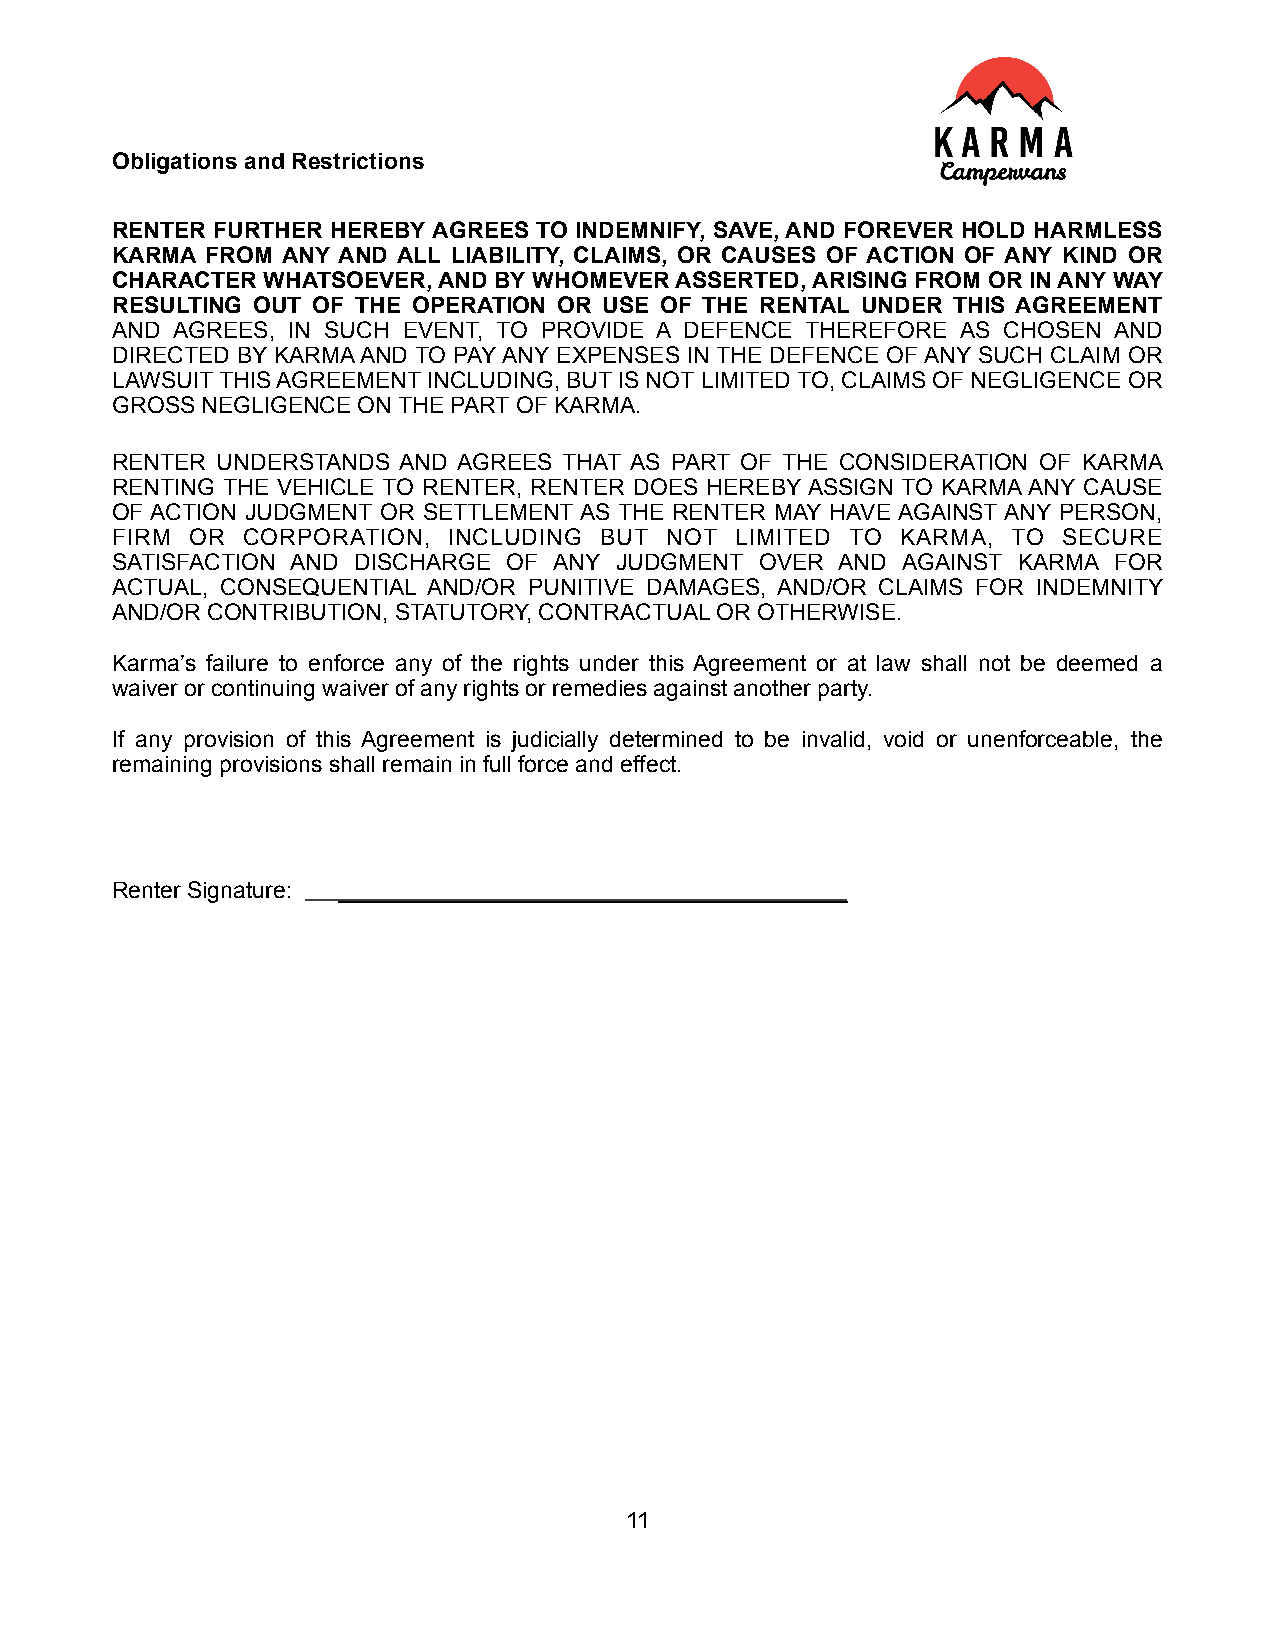
Obligations and Restrictions
 RENTER FURTHER HEREBY AGREES TO INDEMNIFY, SAVE, AND FOREVER HOLD HARMLESS
 KARMA  FROM ANY AND ALL LIABILITY, CLAIMS, OR CAUSES OF ACTION OF ANY KIND OR
 CHARACTER WHATSOEVER, AND BY WHOMEVER ASSERTED, ARISING FROM OR IN ANY WAY
 RESULTING OUT OF THE OPERATION OR USE OF THE RENTAL UNDER THIS AGREEMENT
 AND AGREES, IN SUCH EVENT, TO PROVIDE A DEFENCE THEREFORE AS CHOSEN AND
 DIRECTED BY KARMA AND TO PAY ANY EXPENSES IN THE DEFENCE OF ANY SUCH CLAIM OR
 LAWSUIT THIS AGREEMENT INCLUDING, BUT IS NOT LIMITED TO, CLAIMS OF NEGLIGENCE OR
 GROSS NEGLIGENCE ON THE PART OF KARMA.
 RENTER UNDERSTANDS AND AGREES THAT AS PART OF THE CONSIDERATION OF KARMA
 RENTING THE VEHICLE TO RENTER, RENTER DOES HEREBY ASSIGN TO KARMA ANY CAUSE
 OF ACTION JUDGMENT OR SETTLEMENT AS THE RENTER MAY HAVE AGAINST ANY PERSON,
 FIRM  OR CORPORATION,  INCLUDING BUT NOT  LIMITED TO KARMA, TO SECURE
 SATISFACTION AND DISCHARGE OF ANY JUDGMENT OVER  AND AGAINST KARMA FOR
 ACTUAL, CONSEQUENTIAL AND/OR PUNITIVE DAMAGES, AND/OR CLAIMS FOR INDEMNITY
 AND/OR CONTRIBUTION, STATUTORY, CONTRACTUAL OR OTHERWISE.
 Karma’s failure to enforce any of the rights under this Agreement or at law shall not be deemed a
 waiver or continuing waiver of any rights or remedies against another party.
 If any provision of this Agreement is judicially determined to be invalid, void or unenforceable, the
 remaining provisions shall remain in full force and effect.
 Renter Signature: ________________________________________
 11